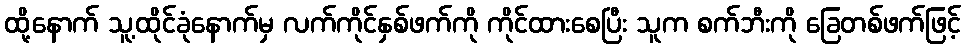
ထို့နောက် သူ့ထိုင်ခုံနောက်မှ လက်ကိုင်နှစ်ဖက်ကို ကိုင်ထားစေပြီး သူက စက်ဘီးကို ခြေတစ်ဖက်ဖြင့်